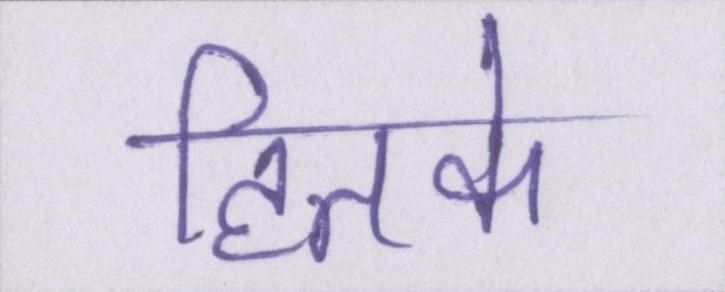
हितके